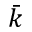
\bar { k }